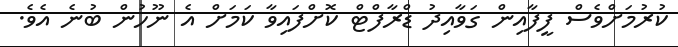
ކުރުމަށްވެސް ފީފާއިން ގަވާއިދު ޑްރާފްޓް ކޮށްފައިވާ ކަމަށް އެ ނޫހުން ބުނެ އެވެ.